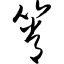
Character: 筲